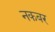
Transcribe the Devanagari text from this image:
नकबर